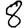
Digit: 8